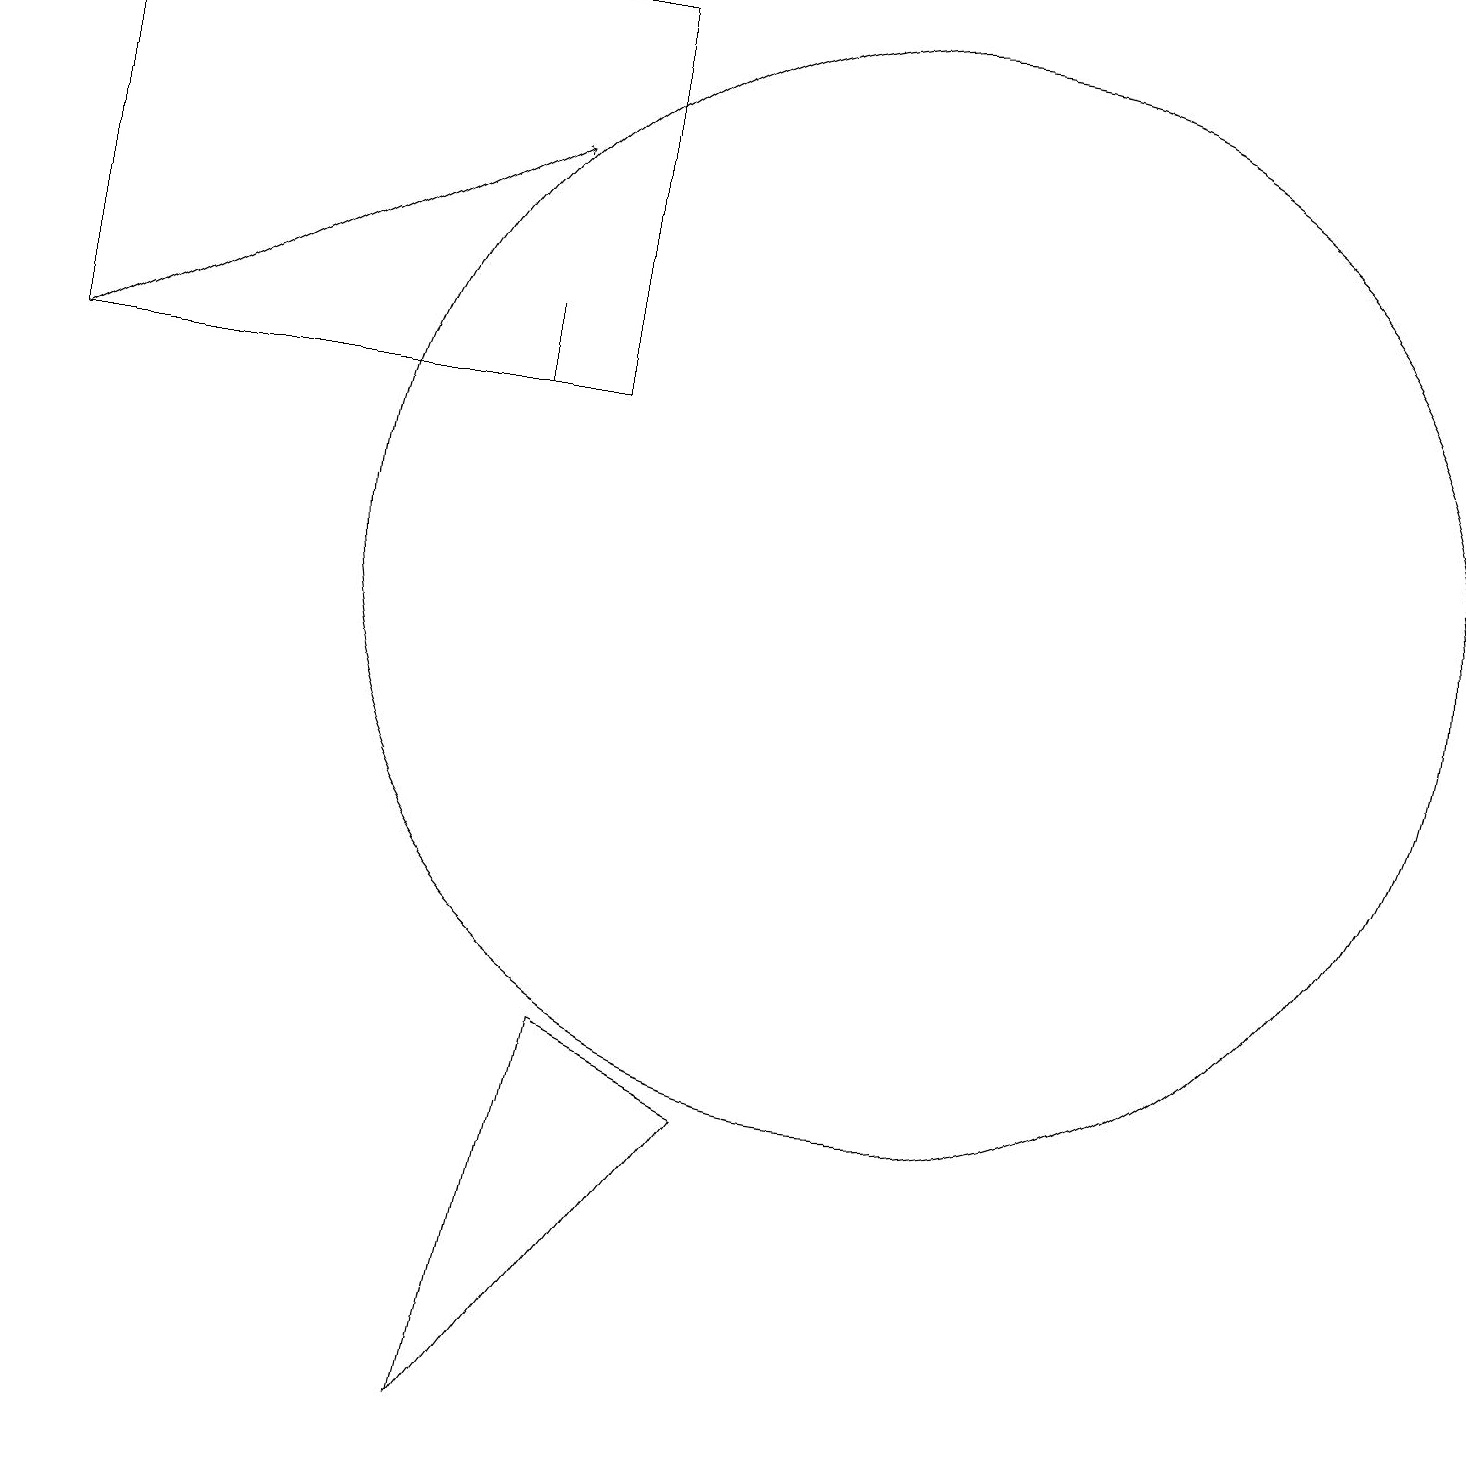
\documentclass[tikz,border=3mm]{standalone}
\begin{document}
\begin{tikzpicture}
\draw (7,5) -- (6,0) -- (9,4) -- cycle;
\draw[->] (0,13) -- (6,16);
\draw (11,11) circle (7);
\draw (0,13) rectangle (7,18);
\draw (6,14) rectangle (6,13);
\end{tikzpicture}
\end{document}